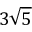
3 \sqrt { 5 }